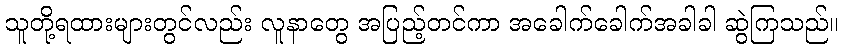
သူတို့ရထားများတွင်လည်း လူနာတွေ အပြည့်တင်ကာ အခေါက်ခေါက်အခါခါ ဆွဲကြသည်။